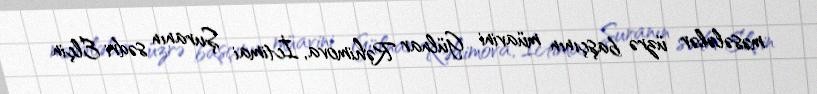
məsələlər üzrə başçının müavini Gülnar Rəhimova, İctimai Şuranın sədri Elçin